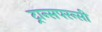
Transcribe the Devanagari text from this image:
ट्रान्सपरन्सी